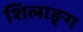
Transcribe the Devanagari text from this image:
शिलाङ्ग